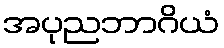
အပုညဘာဂိယံ